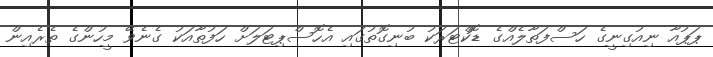
ޕަޕުއާ ނިއުގިނީގެ ހަސްފަތާލެއްގެ ޑޮކްޓަރަކު ބުނިގޮތުގައި އެހޮސްޕިޓަލަށް ހަފުތާއަކު ގެނެވޭ މީހުންގެ ތެރެއިން